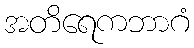
အတိရေကဘာဂံ